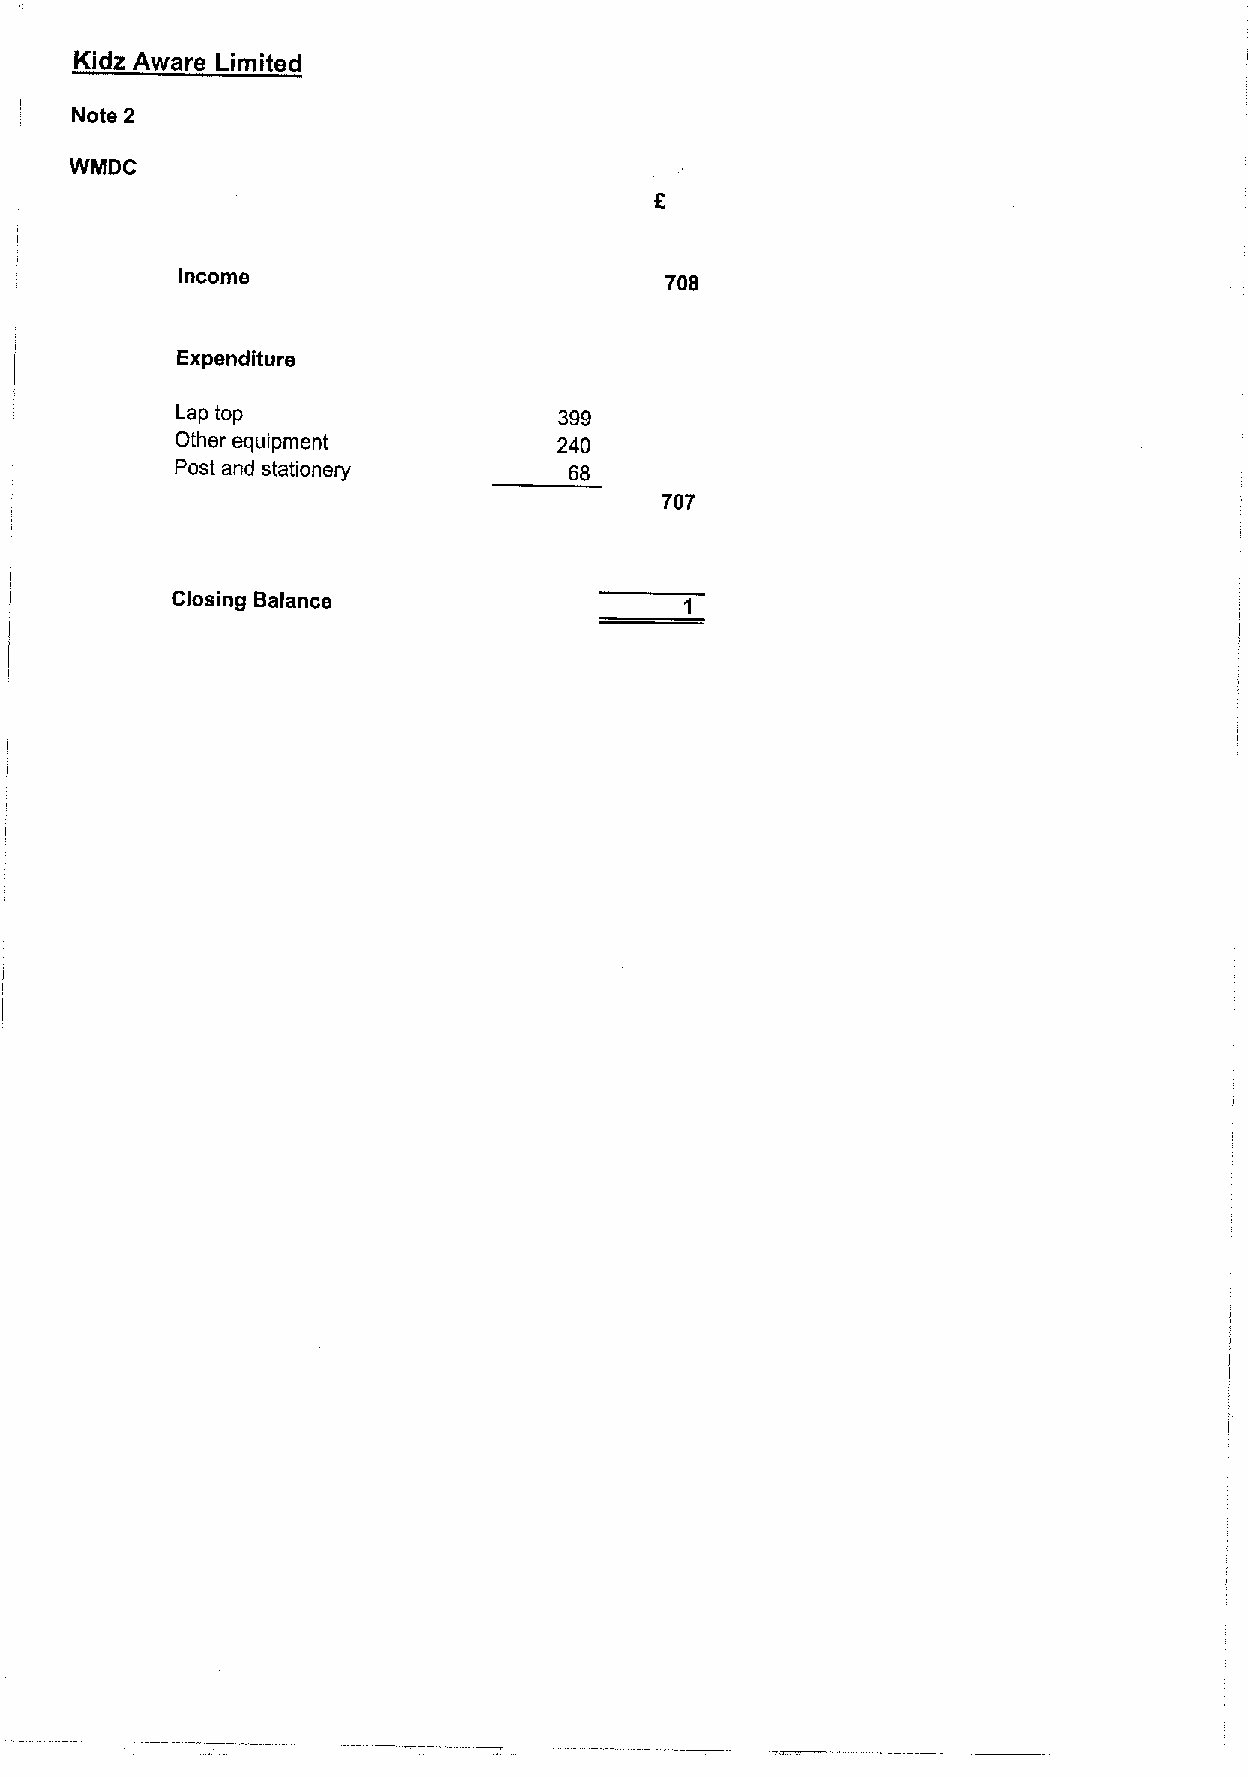
Kidz Aware Limited
 Note 2
 WlyiDC
 Income
 708
 Expenditure
 Lap top                  399
 Other equipment          240
 Post and stationery       68
 707
 Closing Balance